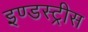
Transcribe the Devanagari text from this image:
इण्डस्ट्रीस